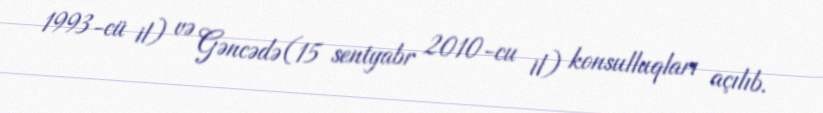
1993-cü il) və Gəncədə (15 sentyabr 2010-cu il) konsulluqları açılıb.